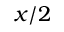
x / 2